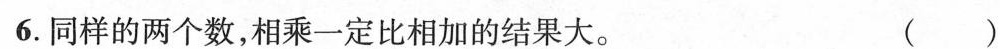
6.同样的两个数，相乘一定比相加的结果大。 ( )